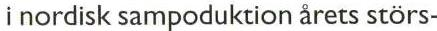
i nordisk sampoduktion årets störs-